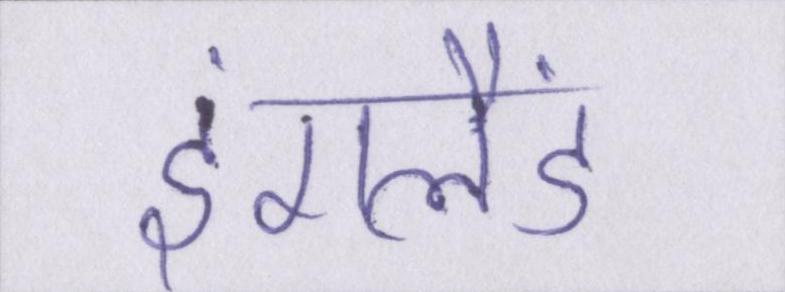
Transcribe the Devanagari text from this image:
इंगलैंड